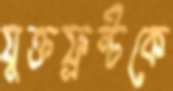
যুক্তফ্রন্টকে